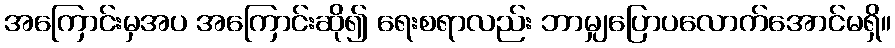
အကြောင်းမှအပ အကြောင်းဆို၍ ရေးစရာလည်း ဘာမျှပြောပလောက်အောင်မရှိ။